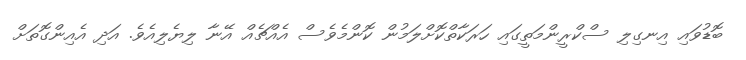
ބޮޑުވައި އިނގިލި ސްކްރީންމަތީގައި ހަރަކާތްކޮށްލަމުން ކޮންމެވެސް އެއްޗެއް އޭނާ ލިޔެލިއެވެ. އަދި އެއިންގޮތަށް